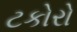
ટકોરો